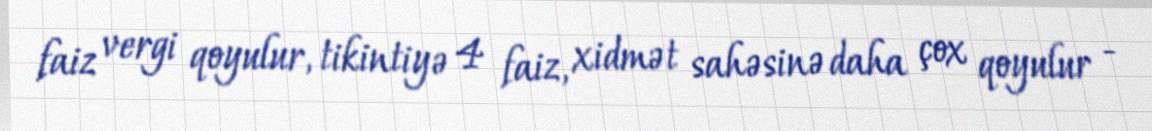
faiz vergi qoyulur, tikintiyə 4 faiz, xidmət sahəsinə daha çox qoyulur -